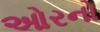
ઓરનો